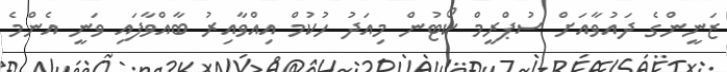
ޒަނީންގެ ދައުވާއަށް ސުޕްރީމް ކޯޓުން މިއަދު ހުކުމް އިއްވާއިރު ބާއްވާފައި ވަނީ އެންމެ